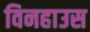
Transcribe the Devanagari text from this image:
विनहाउस